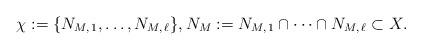
LaTeX: \begin{align*}\chi := \{N_{M,\,1}, \dots, N_{M,\,\ell}\},N_M := N_{M,\,1} \cap \dots \cap N_{M,\,\ell} \subset X.\end{align*}